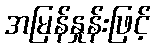
အမြန်နှုန်းဖြင့်